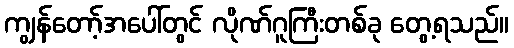
ကျွန်တော့်အပေါ်တွင် လိုဏ်ဂူကြီးတစ်ခု တွေ့ရသည်။